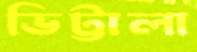
ভিট্টালা